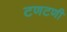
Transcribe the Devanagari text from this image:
टणटणी